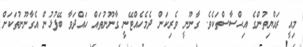
މިއީ ރައްޔިތުންގެ އިޙްސާސްތަކެވެ. ގާނޫނީ ވެރިކަން ދެމެހެއްޓޭނީ ގާނޫނުތައް ހައްދަވާ ބޭފުޅުން އެގާނޫނުތަކަށް